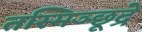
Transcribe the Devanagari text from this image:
तस्मिञ्छूद्रे